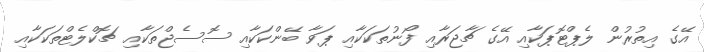
އޭގެ އިތުރުން ލެޕްޓޮޕަކާއި އޭގެ ޗާޖަރާއި ފޯނުތަކަކާއި ޕަވާ ބޭންކަކާއި ސޮސެޖްތަކާއި ޗޮކްލެޓްތަކަކާއި